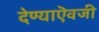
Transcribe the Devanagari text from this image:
देण्याऎवजी